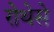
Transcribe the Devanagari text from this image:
रोथेसे